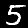
Label: 5